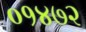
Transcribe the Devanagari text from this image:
०१४७२